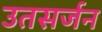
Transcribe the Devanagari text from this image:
उतसर्जन